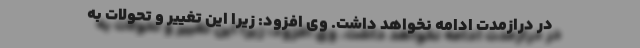
در درازمدت ادامه نخواهد داشت. وی افزود: زیرا این تغییر و تحولات به